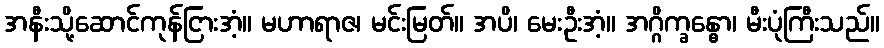
အနီးသို့ဆောင်ကုန်ငြားအံ့။ မဟာရာဇ၊ မင်းမြတ်။ အပိ၊ မေးဦးအံ့။ အဂ္ဂိက္ခန္ဓော၊ မီးပုံကြီးသည်။